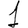
Digit: 1